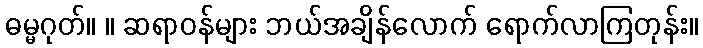
ဓမ္မဂုတ်။ ။ ဆရာဝန်များ ဘယ်အချိန်လောက် ရောက်လာကြတုန်း။